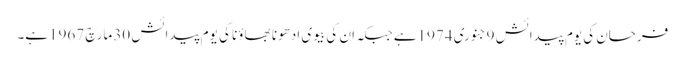
فرحان کی یوم پیدائش 9جنوری 1974ہے جبکہ ان کی بیوی ادھونا بھاؤنا کی یوم پیدائش 30مارچ 1967ہے۔